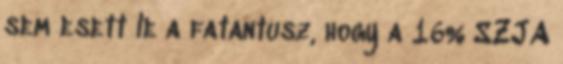
sem esett le a fatantusz, hogy a 16% SZJA